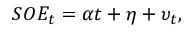
S O E _ { t } = \alpha t + \eta + \upsilon _ { t } ,